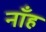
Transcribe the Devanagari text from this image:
नाँह